Sketch of the medical history of the native army of Bombay, for the year
Year: 1875
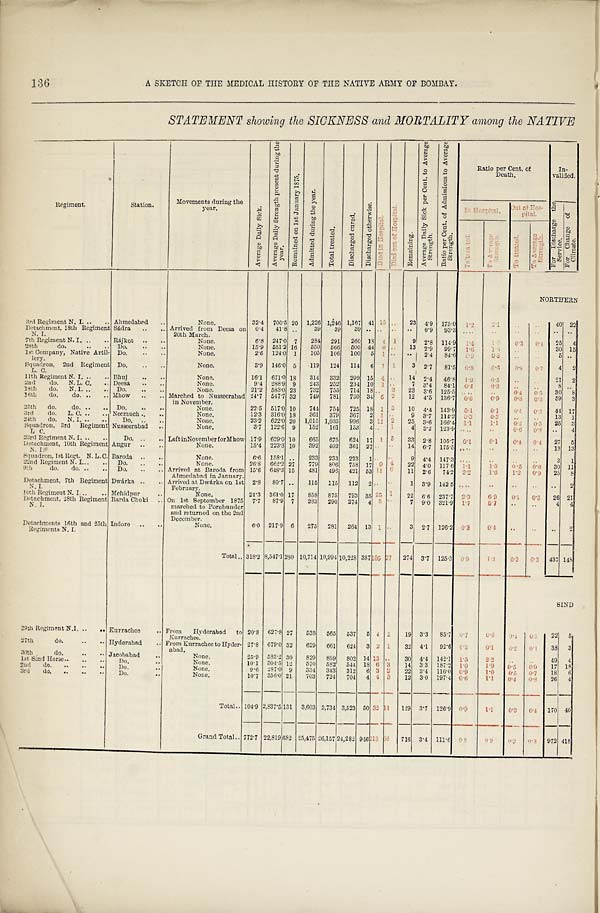
136
A SKETCH OF THE MEDICAL HISTORY OF THE NATIVE ARMY OF BOMBAY.
STATEMENT showing the SICKNESS and MORTALITY among the NATIVE
Regi ment .
Station.
Movements during the
y e a r .
A v e r a g e D a i l y S i c k .
A v e r a g e D a i l y S t r e n g t h p r e s e n t d u r i n g t h e
y e a r .
R e m a i n e d o n 1 s t J a n u a r y 1 8 7 5 .
A d m i t t e d d u r i n g t h e y e a r .
T o t a l t r e a t e d .
D i s c h a r g e d c u r e d .
D i s c h a r g e d o t h e r w i s e .
D i e d i n H o s p i t a l .
D i e d o u t o f H o s p i t a l .
R e m a i n i n g .
A v e r a g e D a i l y S i c k p e r C e n t . t o A v e r a g e
S t r e n g t h .
R a t i o p e r C e n t . o f A d m i s s i o n s t o A v e r a g e
St rengt h.
Ratio per Cent, of
D e a t h .
In-
valided
.
I n H o s p i t a l .
Out of Hos-
pital.
F o r D i s c h a r g e t h e
Ser vi ce.
T o C h a n g e o f
C l i m a t e .
T o t r e a t e d .
To Average
Strength.
To t r eat ed.
T o A v e r a g e
S t r e n g t h .
NORTHERN
3rd Regiment N. I. ..
Ahmedabad
. .
N o n e .
32.4 700.5 20
1,226 1,246 1,167 41
1 5
. .
23
4.9
175.0
1 . 2 2.1
. .
. .
40 22
Detachment, 18th Regiment
N. I.
Sádra
..
. . Arrived from Deesa on
2 0 t h Ma r c h .
0.4
41.8
. .
39
3 9
3 9
. .
18
. .
. .
. .
0.9 93.3
. . . . ..
. .
. .
. .
. .
7th Regiment N. I. ..
.. Rájkot
..
N o n e .
6.8
247.0 7 284
291
2 6 0
. .
4
1
9 2.8
114.9
1 . 4 1.6
0.3
0 . 4
2 5
4
28th
do.
Do.
..
. .
N o n e .
15.9
551.2 16
550
566
500 44
9 . .
1 3 2.9
99.7
1 . 6 1.6
. .
. . 30 15
1st Company, Native Artil-
lery.
Do.
. .
. .
N o n e .
2.6
124.0 1
105
106
100
5 1
. .
. .
2.4
84.6
0 . 9 0.8
. .
. .
5
. .
Squadron, 2nd Regiment
L. C.
Do.
..
. .
N o n e .
3.9
146.0 5
119
124
114
6
1
1
3 2.7
81.5
0.8 0.6
0 . 8
0 . 7
4
2
11th Regiment N. I. ..
Bhuj
..
. .
N o n e .
16.1
671.0 18
314
332
299 15
4
. .
14 2.4
46.8
1.2
0.5
. .
. . 21
2
2nd do. N. L. C. ..
Deesa
..
N o n e .
9.4
288.9 9
243
252
234 10
1
. .
7 3.4
84.1
0.4
0.3.
. .
. .
8
. .
18th do. N. I. ..
..
Do. . .
. .
N o n e .
21.2
583.0 23
732
755
714 18
. .
3
23 3.6
125.5
. . . .
..
0.4
0.5
30
8
16th do. do. .. ..
Mhow
..
. . Marched to Nusseerabad
in November.
24.7
547.7 32
749
781
730 34
5
2
12
4.5 136.7
0.6
0.9
0 . 3
0 . 3
59
3
25th do. do. .. ..
Do.
..
. .
N o n e .
22.5
517.0 10
744
754
725 18
1
3
1 0 4.4 143.9
0 . 1
0.1
0 . 4
0 . 5 44 17
3rd do. L. C. .. ..
Neemuch
. .
N o n e .
12.3
316.0 18
361
379
367
2
1
. .
9
3.7
114.2
0 . 3
0.3
. .
. . 13
1
24th do. N. I. .. ..
Do. ..
N o n e .
23.2
622.0 20
1,015 1,035
996
3
1 1
2
25 3.6 166.4
1.1
1.1
0.2
0.3
25
3
Squadron, 3rd Regiment
L C.
Nusseerabad
. .
N o n e .
3.7
122.6 9
152
161
153
4
. .
1
4
3.2
123.9
. . . .
..
0.6
0 . 8
..
4
23rd Regiment N. I. ..
Do. . .
. . Left in November for Mhow 17.9
629.0 10
665
675
624 17 1
3
33
2.8
105.7
0.1
0.1
0.4
0 . 4
27
5
Detachment, 10th Regiment
N. I.
Augur
..
. .
N o n e .
15.4
223.3 10
392
402
361 27 . .
. .
14 6.7 175.5
. . . .
..
. .
. . 18 13
Squadron, 1st Regt. N. L. C. Baroda
..
. .
N o n e .
6.6
158.1
. .
233
233
223
1 . .
. .
9 4.4
147.3
. . . .
..
. .
. .
3
1
22nd Regiment N. I.
..
Do. . .
. .
N o n e .
26.8 662.2 27
779
806
758 17
9
4
22 4.0
117.6
1 . 1
1. 3
0.5
0 . 6
30 11
9th do. do. .. ..
Do. . .
. . Arrived at Baroda from
Ahmedabad in January.
15.6
648.3 15
481
496
421 53
1 1
6
11
2.6
74.2 2.2
1.6
1.2
0.9
25
8
Detachment, 7th Regiment
N. I.
Dwárka ..
. . Arrived at Dwárka on 1st
February.
2.8
80.7
. .
115
115
112
2
. .
. .
1
3.9
142.5
. . . .
..
. .
. . ..
2
10th Regiment N. I. ..
Mehidpur
N o n e .
24.3 361.0 17
858
875
793 35
2 5
1
22
6.6
237.7
2 . 9
6.9
0.1
0.3
26 21
Detachment, 28th Regiment
N. I.
Barda Choki
. . On 1st September 1875
marched to Porebunder
and returned on the 2nd
December.
7.7
87.9 7
283
290
274
4
5
. .
7 9.0 321.9
1.7
5.7
..
. .
4
4
Detachments 16th and 25th
Regiments N. I.
Indore
..
. .
N o n e .
6.0 217.9 6
275
281
264 13
1
. .
3
2.7
126.2 0.3
0.4
. .
. .
..
2
Total .. 318.2 8,547.1 280 10,714 10,994 10,228 387 105
2 7
274
3.7
125.3
0 . 9
1.2
0 . 2
0.3
437 148
SIND
29th Regiment N.I.
.. Kurrachee
. . From Hyderabad to
Kurrachee.
20.8 627.8 27
538
565
537
5
4
2
19 3.3
85.7
0 . 7
0.6
0 . 4
0 . 3
22
5
27th do. .. ..
Hyderabad
. . From Kurrachee to Hyder-
abad.
27.8
679.0 32
629
661
624
3
2
1
32 4.1
92.6 .0.3
0.1
0 . 2 0.1
38
3
30th do.
..
.. Jacobabad
. .
N o n e .
25.9 533.2 30
829
859
802 14 13
. .
30 4.4
142.1
1.5
2.2
..
. . 49
4
1st Sind Horse ..
..
D o .
. .
N o n e .
10.1
304.5 12
570
582
544 18
6
3
14 3.3
187.2
1.0
1.9
0.5
0.9
17 18
2nd do. .. .. ..
Do.
. .
N o n e .
9.6
287.0 9
334
343
312
6 3 2
22
3.4
116.0 0.9
1.0
0.5
0.7
18
6
3rd do. .. .. ..
Do. . .
N o n e .
10.7
356.0 21
703
724
704
4
4
3
12
3.0 197.4 0.6
1.1
0.4
0 . 8
26
4
Total .. 104.9 2,837.51.31
1 3 1 3,603 3,734 3,523 50 32 1 1
129 3.7
126.9 0.9
1.1
0.3
0.4
170 40
Grand Total .. 772.7 22,819 682 25,475 26,157 24,282 946
2 1 3
6 6 716 3.4 111.6
0 . 8
0.9
0 . 2 0.3
972 418